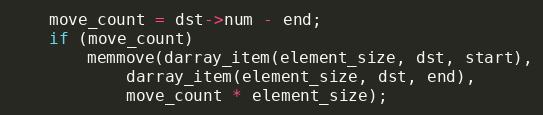
Language: C
	move_count = dst->num - end;
	if (move_count)
		memmove(darray_item(element_size, dst, start),
			darray_item(element_size, dst, end),
			move_count * element_size);